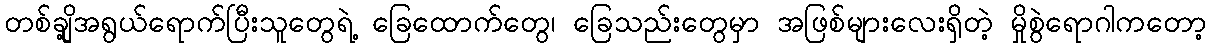
တစ်ချို့အရွယ်ရောက်ပြီးသူတွေရဲ့ ခြေထောက်တွေ၊ ခြေသည်းတွေမှာ အဖြစ်များလေးရှိတဲ့ မှိုစွဲရောဂါကတော့